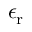
\epsilon _ { \mathrm { r } }